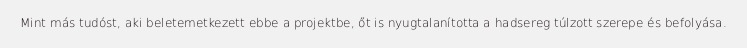
Mint más tudóst, aki beletemetkezett ebbe a projektbe, őt is nyugtalanította a hadsereg túlzott szerepe és befolyása.